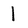
Character: l